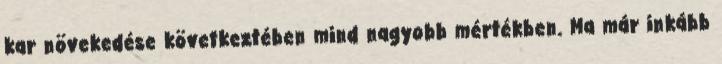
kar növekedése következtében mind nagyobb mértékben. Ma már inkább